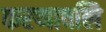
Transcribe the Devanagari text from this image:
करणावलि